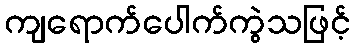
ကျရောက်ပေါက်ကွဲသဖြင့်